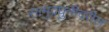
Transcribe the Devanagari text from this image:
सामुद्रधुनीवरील